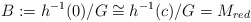
\begin{align*}B:=h^{-1}(0)/G\cong h^{-1}(c)/G=M_{red} \end{align*}